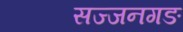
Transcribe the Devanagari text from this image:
सज्जनगङ